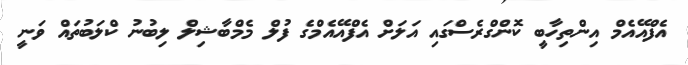
އެފްއޭއެމް އިންތިހާބީ ކޮންގްރެސްގައި އަލަށް އެފްއޭއެމްގެ ފުލް މެމްބާޝިލް ލިބުނު ކްލަބުތައް ވަނީ